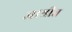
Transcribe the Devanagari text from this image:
आश्रीत